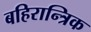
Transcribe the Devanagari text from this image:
बहिरान्त्रिक